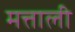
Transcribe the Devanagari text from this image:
मत्ताली